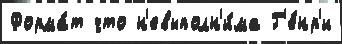
Форма́т что н'евыполн'и́ма Г'е́нр'и